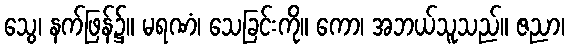
သွေ၊ နက်ဖြန်၌။ မရဏံ၊ သေခြင်းကို။ ကော၊ အဘယ်သူသည်။ ဇညာ၊